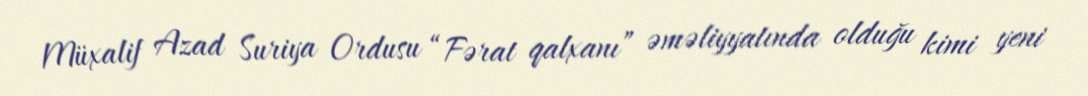
Müxalif Azad Suriya Ordusu “Fərat qalxanı” əməliyyatında olduğu kimi yeni